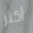
أكثر